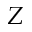
Z